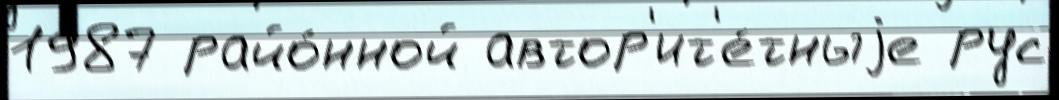
1987 райо́нной автор'ит'е́тныjе рус